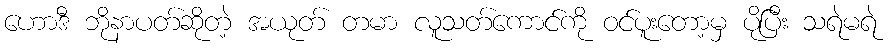
ဟောဒီ ဘိုနာပတ်ဆိုတဲ့ အယုတ် တမာ လူသတ်ကောင်ကို ဝင်ပူးတော့မှ ပိုပြီး သရဲမရဲ